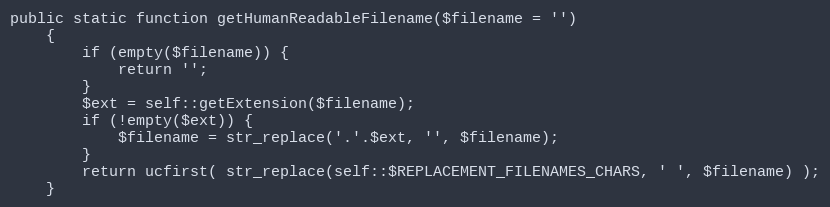
Language: PHP
public static function getHumanReadableFilename($filename = '')
    {
        if (empty($filename)) {
            return '';
        }
        $ext = self::getExtension($filename);
        if (!empty($ext)) {
            $filename = str_replace('.'.$ext, '', $filename);
        }
        return ucfirst( str_replace(self::$REPLACEMENT_FILENAMES_CHARS, ' ', $filename) );
    }